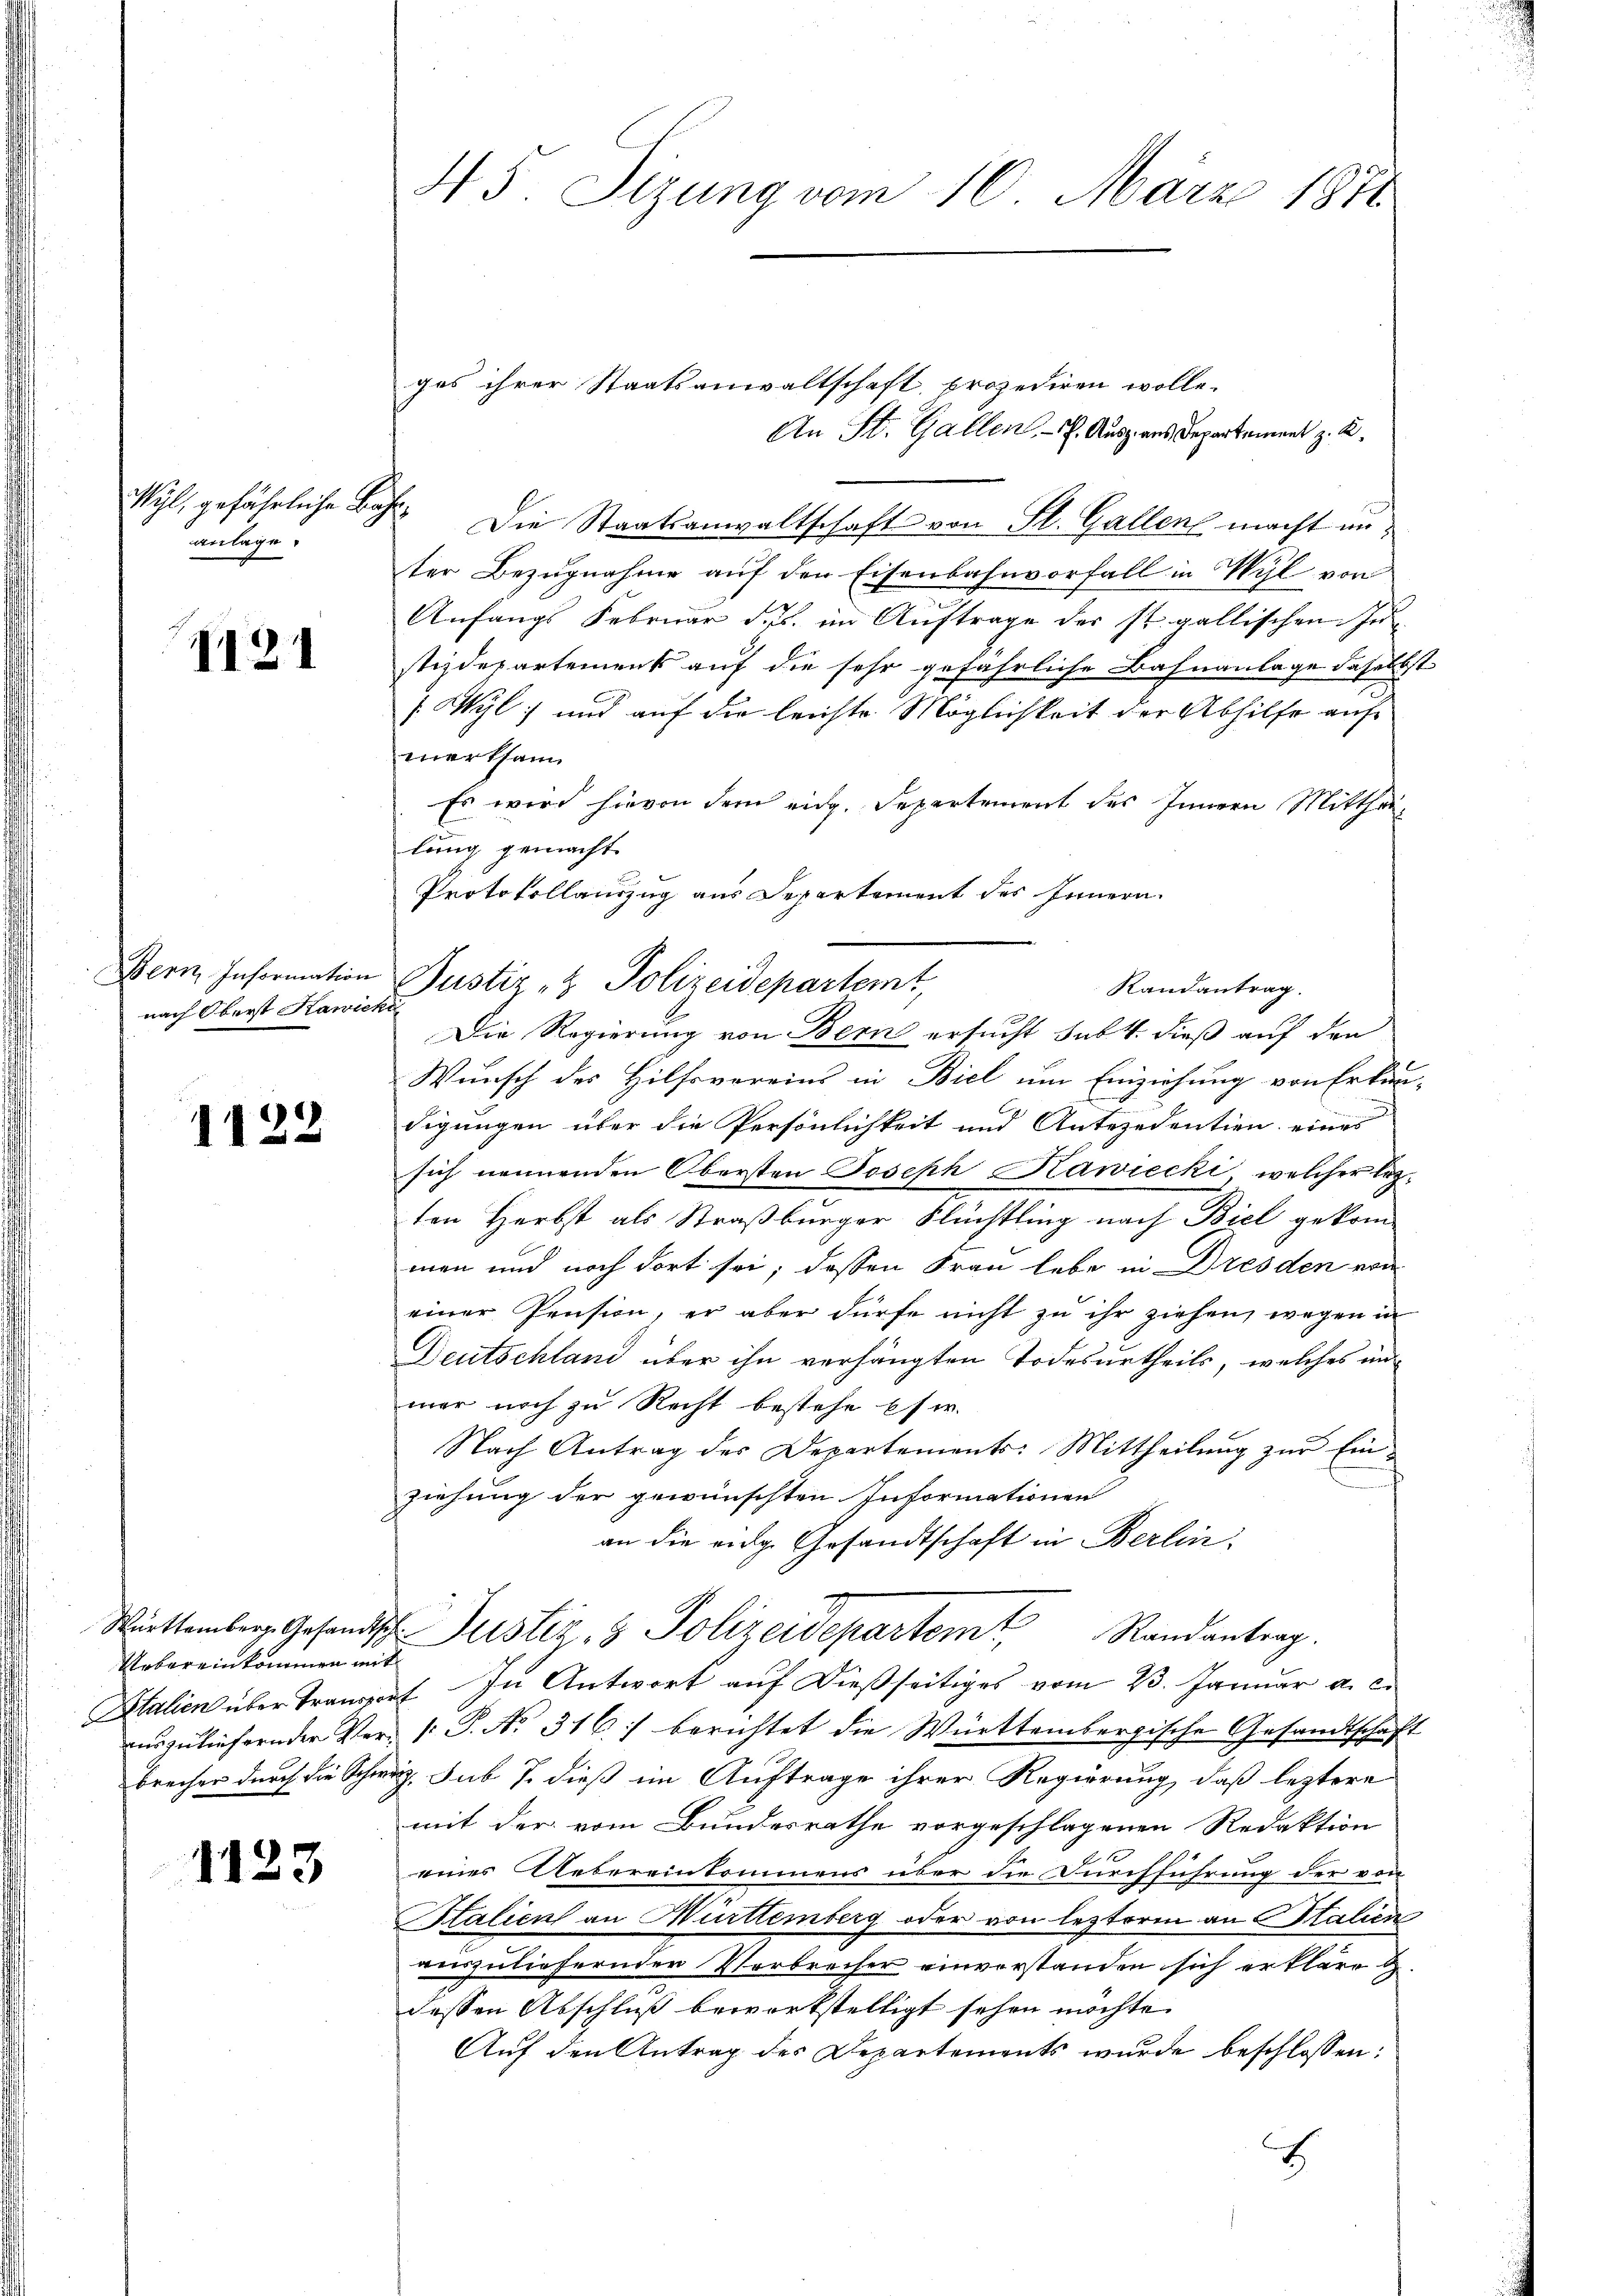
Wyl, gefährliche B
anlage

I121

1122

1123

Bern Information
nach Oberst Kawicka

Uebereinkommen mit

45. Sizung vom 16. März 1888

ges ihrer Staatsanwaltschaft prozediren wolle.
An St. Gallen - 7. Ausz aus Departement z. B.
Sch. Die Staatsanwaltschaft von St. Gallen macht unter Bezugnahme auf den Eisenbahnvorfall in Wyl von
Anfangs Februar ds. im Auftrage der st. gallischen Instizdepartement auf die sehr gefährliche Bahnanlage daselbst
/ Wyl und auf die leichte Möglichkeit der Abhilfe auf
werksam
Es wird hievon dem eidg. Separtement des Innern Mittheilung gemacht.
Protokollauszug aus Departement des Innern.
Wunsch des Hilfsvereins in Biel um Einziehung von Erkun-
digungen über die Persönlichkeit und Antezedentien eines
sich nennenden Obersten Joseph Hawiecki, welcher lezten Herbst als Straßburger Flüchtling nach Biel gekommen und noch dort sei; dessen Frau lebe in Dresden von
einer Pension, er aber dürfe nicht zu ihr ziehen, wegen in
Deutschland über ihn verhängten Todesurtheils, welches un
mer noch zu Recht bestehe es w.
Nach Antrag der Departements: Mittheilung zur Einziehung der gewünschten Informationen
an die eidg. Gesandtschaft in Berlin.
Mittemberg. Gesandtsche Justiz- & Polizeidepartemt
Randantrag.
Italien über Transport. In Antwort aŭf dießseitiges vom 23. Janŭar a. c.
anszuliefernder Ver- /: P. Nr. 316) berichtet die Württembergische Gesandtschaft
brecher durch die Schweiz, sub S. dieß im Auftrage ihrer Regierung, daß leztere
mit der vom Bundesrathe vorgeschlagenen Redaktion
eines Uebereinkommens über die Durchführung der von
Stalien an Mürttemberg oder von lezterm an Stalien
auszuliefernder Verbrecher einverstanden sich erkläret
dessen Abschluß bewerkstelligt sehen möchte.
Auf den Antrag des Departements wurde beschlossen:
8

Justiz- & Polizeidepartemt,
Randantrag.
Die Regierung von Bern ersucht sub. 4. dieß auf den